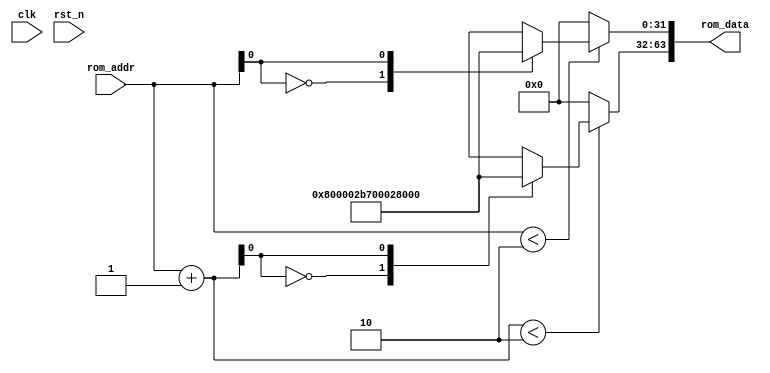
//************************************************************
// See LICENSE for license details.
//
// Module: uv_rom_logic
//
// Designer: Owen
//
// Description:
//      ROM Logic for Boot.
//      This file was automatically generated by rom_gen.py
//      at 21:36:25, 2023/04/29.
//************************************************************

`timescale 1ns / 1ps

module uv_rom_logic
#(
    parameter ROM_AW = 10
)
(
    input                           clk,
    input                           rst_n,

    input  [ROM_AW-1:0]             rom_addr,
    output [63:0]                   rom_data
);

    localparam ROM_DP = 2;
    wire [31:0] rom_array [0:ROM_DP-1];
    wire [31:0] rom_data0;
    wire [31:0] rom_data1;
    wire [ROM_AW-1:0] rom_addr_add;

    assign rom_addr_add = rom_addr + 1'b1;
    assign rom_data0    = rom_addr < ROM_DP[ROM_AW-1:0] ? rom_array[rom_addr] : 32'h0;
    assign rom_data1    = rom_addr_add < ROM_DP[ROM_AW-1:0] ? rom_array[rom_addr_add] : 32'h0;
    assign rom_data     = {rom_data1, rom_data0};

    assign rom_array[0] = 32'h800002b7;
    assign rom_array[1] = 32'h00028067;

endmodule